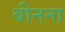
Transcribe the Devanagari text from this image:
बीनना